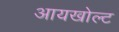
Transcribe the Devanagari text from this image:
आयखोल्ट